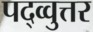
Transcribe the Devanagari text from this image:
पद्व्वुत्तर